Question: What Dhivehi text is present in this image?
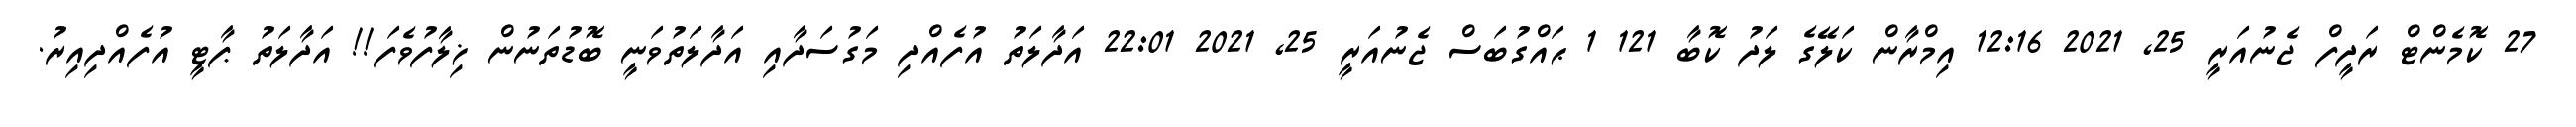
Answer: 27 ކޮމެންޓް ރަދީފް ޖެނުއަރީ 25, 2021 12:16 އިމްރާން ކަލޭގެ ލަދު ކޮބާ 121 1 ޙައްގުބަސް ޖެނުއަރީ 25, 2021 22:01 އަދާލަތު އުފެއްދި މަގުސަދާއި އަދާލަތުވަނީ ބޮޑުތަނުން ޚިލާފުވެފަ!! އަދާލަތު ޕާޓީ އުފެއްދިއިރު.